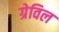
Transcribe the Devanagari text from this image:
ग्रेविल